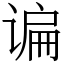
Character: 谝